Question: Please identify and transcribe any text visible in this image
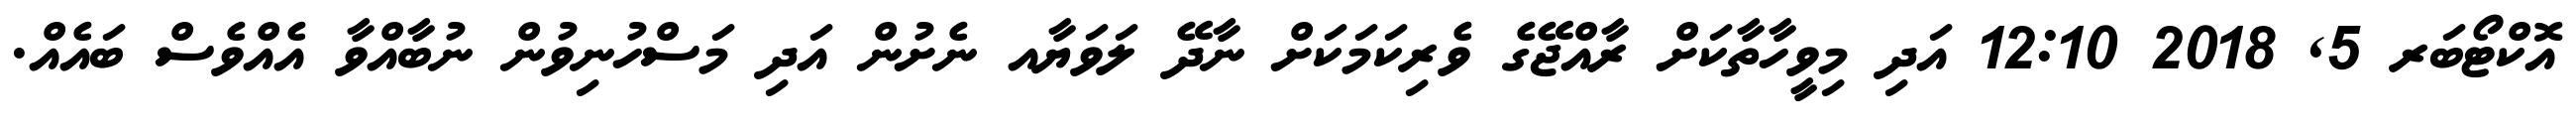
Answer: އޮކްޓޯބަރ 5, 2018 12:10 އަދި މިވީހާތާކަށް ރާއްޖޭގެ ވެރިކަމަކަށް ނާދޭ ލަވަޔާއ ނެށުން އަދި މަސްހުނިވުން ނުބާއްވާ އެއްވެސް ބައެއް.